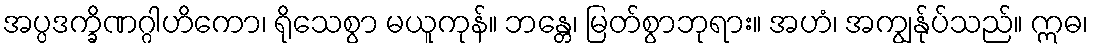
အပ္ပဒက္ခိဏဂ္ဂါဟိကော၊ ရိုသေစွာ မယူကုန်။ ဘန္တေ၊ မြတ်စွာဘုရား။ အဟံ၊ အကျွန်ုပ်သည်။ ဣဓ၊